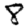
Digit: 8